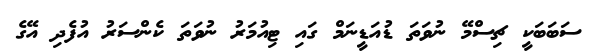
ސަބަބަކީ ޗިސްމޭ ނުވަތަ ޑުއަޑީނަމް ގައި ޓިއުމަރު ނުވަތަ ކެންސަރު އުފެދި އޭގެ